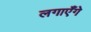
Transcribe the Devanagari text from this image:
लगाएँगे